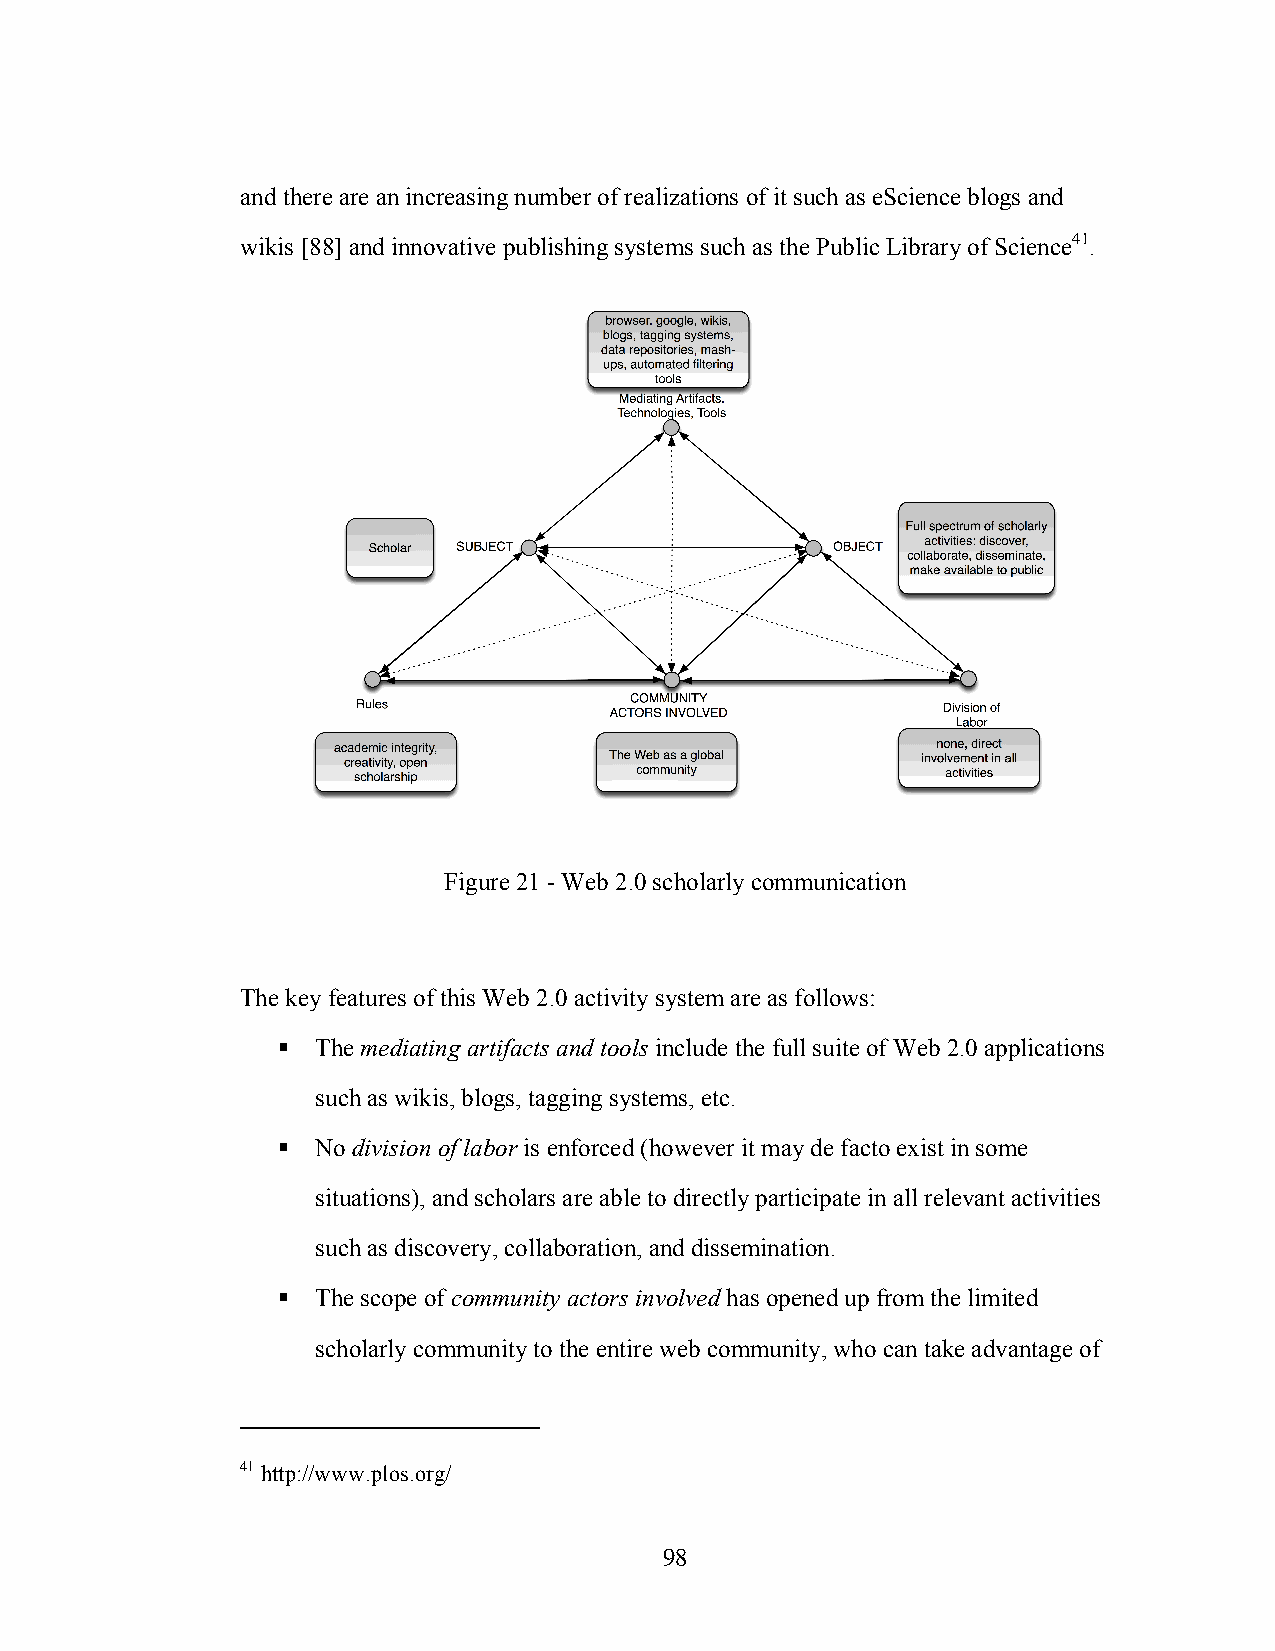
and there are an increasing number of realizations of it such as eScience blogs and
 wikis [88] and innovative publishing systems such as the Public Library of Science41.
 Figure 21 - Web 2.0 scholarly communication
 The key features of this Web 2.0 activity system are as follows:
   The mediating artifacts and tools include the full suite of Web 2.0 applications
 such as wikis, blogs, tagging systems, etc.
   No division of labor is enforced (however it may de facto exist in some
 situations), and scholars are able to directly participate in all relevant activities
 such as discovery, collaboration, and dissemination.
   The scope of community actors involved has opened up from the limited
 scholarly community to the entire web community, who can take advantage of
 41 http://www.plos.org/
 98